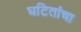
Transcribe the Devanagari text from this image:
घटितांचा